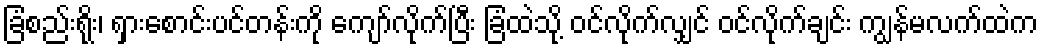
ခြံစည်းရိုး၊ ရှားစောင်းပင်တန်းကို ကျော်လိုက်ပြီး ခြံထဲသို့ ဝင်လိုက်လျှင် ဝင်လိုက်ချင်း ကျွန်မလက်ထဲက